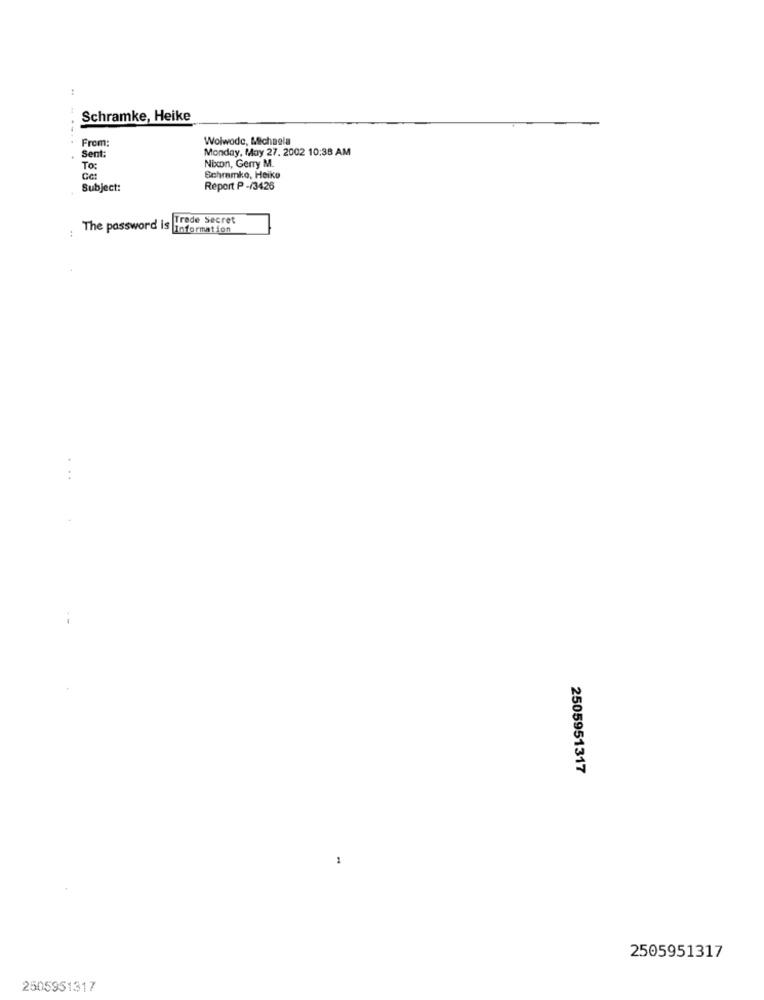
:
Schramke, Heike
From:
Wolwodc, Michaela
Monday, May 27. 2002 10:38 AM
Sent:
Nixon, Gerry M.
To:
Schramke, Heiko
Subject:
Report P -/3426
Trade Secret
The password is information
...
--
2505951317
2505951317
2505951317